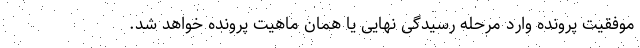
موفقیت پرونده وارد مرحله رسیدگی نهایی یا همان ماهیت پرونده خواهد شد.